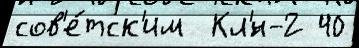
сов'е́тск'им  Кл'́н-2 40